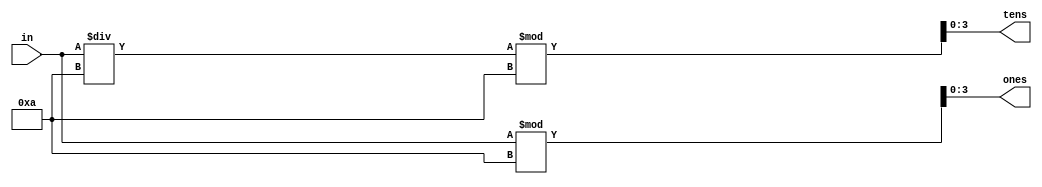
module bcd(in, ones, tens);

input [5:0] in;
output [3:0] ones, tens;

assign ones = in % 10;
assign tens = in / 10 % 10;

endmodule